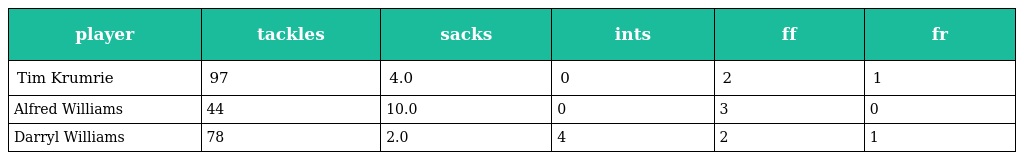
| player | tackles | sacks | ints | ff | fr |
 | --- | --- | --- | --- | --- | --- |
 | Tim Krumrie | 97 | 4.0 | 0 | 2 | 1 |
 | Alfred Williams | 44 | 10.0 | 0 | 3 | 0 |
 | Darryl Williams | 78 | 2.0 | 4 | 2 | 1 |